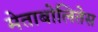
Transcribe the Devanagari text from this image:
मेताबोलितेस